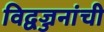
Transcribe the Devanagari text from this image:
विद्वज्जनांची